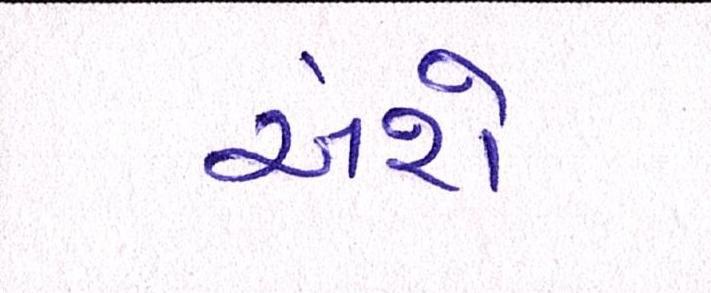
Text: અંશે